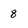
Character: 8